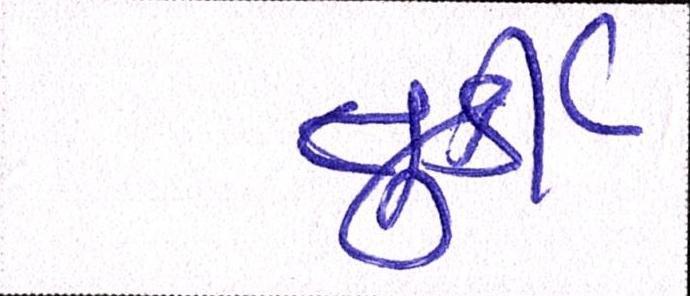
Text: તુર્કી